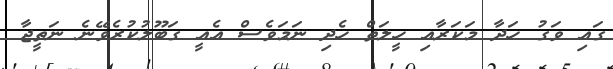
ގައި ވަގު ހަދާ މަަކަރާއި ހީލަތް ހެދި ނަމަވެސް އެއީ ގަބޫލުކުރެވޭނެ ނަތީޖާ